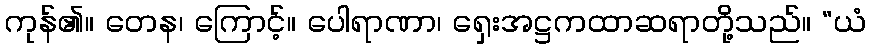
ကုန်၏။ တေန၊ ကြောင့်။ ပေါရာဏာ၊ ရှေးအဋ္ဌကထာဆရာတို့သည်။ “ယံ